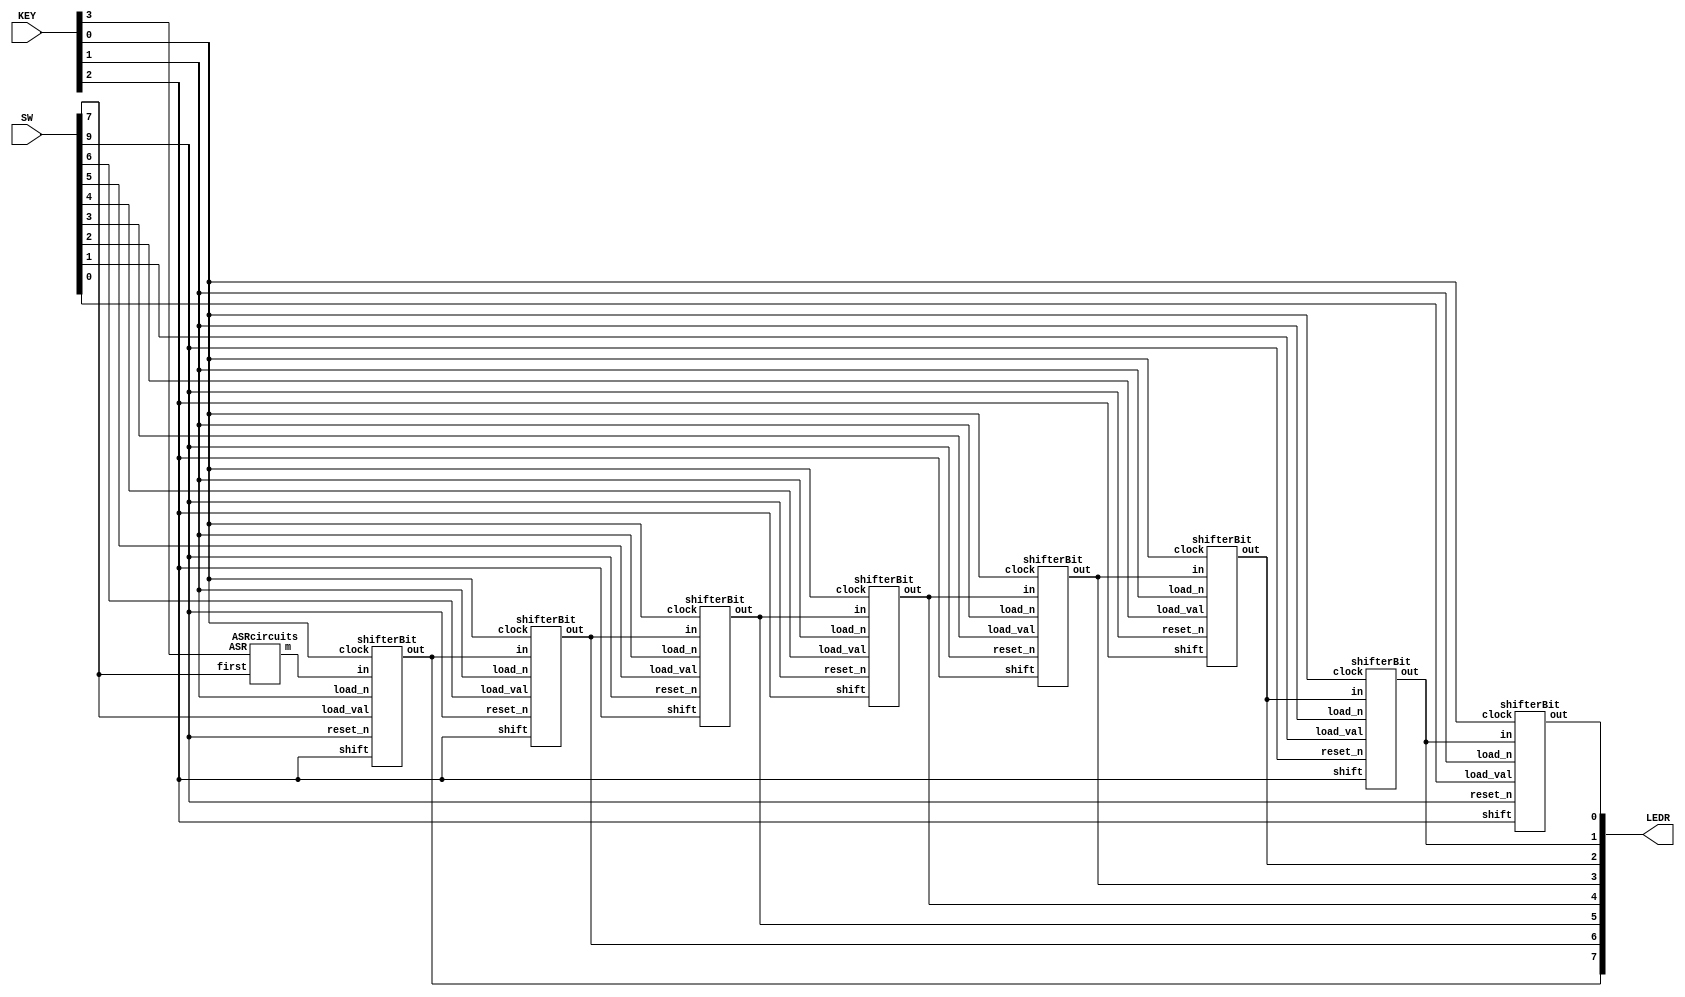
module part3(SW, KEY, LEDR);
	input [3:0] KEY;
	input [9:0] SW;
	
	output [9:0] LEDR;
	
	wire clk, reset_n, shift, load_n, ASR;
	wire w_asr;
	wire [7:0] w;
	assign clk = KEY[0];
	assign load_n = KEY[1];
	assign shift = KEY[2];
	assign ASR = KEY[3];
	assign reset_n = SW[9];
	
	ASRcircuits asr(.ASR(ASR), .first(SW[7]), .m(w_asr));
	shifterBit shifter0(.in(w_asr), .shift(shift), .load_val(SW[7]), .load_n(load_n), .clock(clk), .reset_n(reset_n), .out(w[7]));
	shifterBit shifter1(.in(w[7]), .shift(shift), .load_val(SW[6]), .load_n(load_n), .clock(clk), .reset_n(reset_n), .out(w[6]));
	shifterBit shifter2(.in(w[6]), .shift(shift), .load_val(SW[5]), .load_n(load_n), .clock(clk), .reset_n(reset_n), .out(w[5]));
	shifterBit shifter3(.in(w[5]), .shift(shift), .load_val(SW[4]), .load_n(load_n), .clock(clk), .reset_n(reset_n), .out(w[4]));
	shifterBit shifter4(.in(w[4]), .shift(shift), .load_val(SW[3]), .load_n(load_n), .clock(clk), .reset_n(reset_n), .out(w[3]));
	shifterBit shifter5(.in(w[3]), .shift(shift), .load_val(SW[2]), .load_n(load_n), .clock(clk), .reset_n(reset_n), .out(w[2]));
	shifterBit shifter6(.in(w[2]), .shift(shift), .load_val(SW[1]), .load_n(load_n), .clock(clk), .reset_n(reset_n), .out(w[1]));
	shifterBit shifter7(.in(w[1]), .shift(shift), .load_val(SW[0]), .load_n(load_n), .clock(clk), .reset_n(reset_n), .out(w[0]));
	
	assign LEDR[7:0] = w[7:0];
endmodule

module ASRcircuits(ASR, first, m);
	input ASR, first;
	output m;
	
	reg m;
	always @(*)
	begin
		if(ASR == 1'b1)
			m <= first;
		else
			m <= 1'b0;
	end
endmodule

module shifterBit(in, shift, load_val, load_n, clock, reset_n, out);
	input in, shift, load_val, load_n, clock, reset_n;
	output out;
	wire out_w;
	assign out_w = out;
	wire w1, w2;
	mux2to1 mux1(.x(out_w), .y(in), .s(shift), .m(w1));
	mux2to1 mux2(.x(load_val), .y(w1), .s(load_n), .m(w2));
	flipflop f(.d(w2), .q(out), .clock(clock), .reset_n(reset_n));
endmodule

module mux2to1(x, y, s, m);
	input x, y;
	input s;
	output m;
	
	assign m = x * ~s + y * s;
endmodule

module flipflop(d, q, clock, reset_n);
	input d;
	input clock;
	input reset_n;
	output q;
	
	reg q;
	always @(posedge clock)
	begin
		if(reset_n == 1'b0)
			q <= 1'b0;
		else
			q <= d;
	end
endmodule